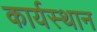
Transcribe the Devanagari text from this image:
कार्यस्‍थान